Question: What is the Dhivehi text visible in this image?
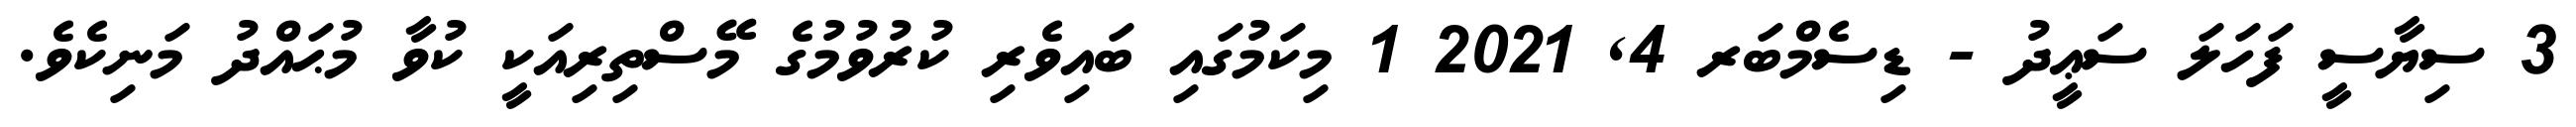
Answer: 3 ސިޔާސީ ފަހަލަ ސަޢީދު - ޑިސެމްބަރ 4, 2021 1 މިކަމުގައި ބައިވެރި ކުރުވުމުގެ މޭސްތިރިއަކީ ކުވާ މުޙައްދު މަނިކެވެ.